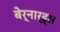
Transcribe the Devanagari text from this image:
बेर्नार्ड्स